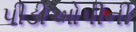
પીડીઓપીની